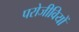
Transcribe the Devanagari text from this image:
परोजीवियों